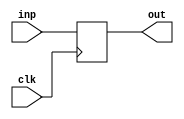
module PC(input[15:0] inp,input clk,output[15:0] out);
  reg[15:0] pc;
  initial pc =16'd0;
  always @(posedge clk) pc = inp;
  assign out = pc;
endmodule